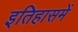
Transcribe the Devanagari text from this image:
इतिहासमें